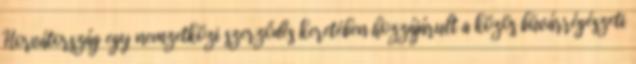
Horvátország egy nemzetközi szerződés keretében hozzájárult a közös búvárrégészeti